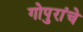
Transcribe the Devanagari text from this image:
गोपुरांचे